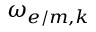
\omega _ { e / m , k }